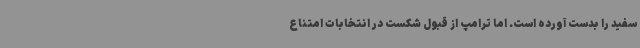
سفید را بدست آورده است. اما ترامپ از قبول شکست در انتخابات امتناع